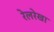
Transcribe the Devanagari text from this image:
रेलरेखा